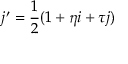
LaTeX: j ^ { \prime } = { \frac { 1 } { 2 } } ( 1 + \eta i + \tau j )